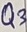
Text: Q3